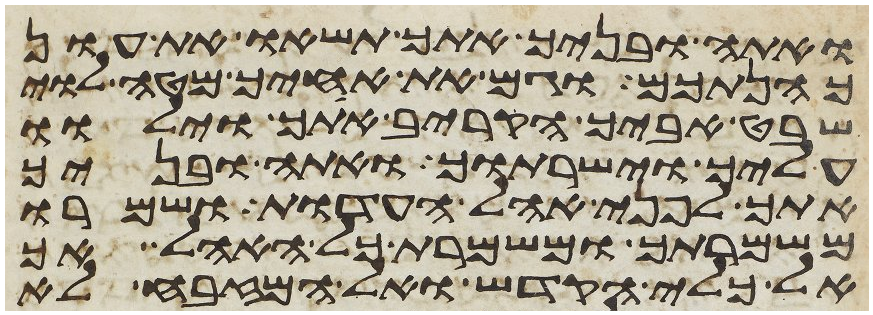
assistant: ואתה ובניך אתך תשאו את עון
כהנתכם וגם את אחיך מטה לוי
שבט אביך הקריב אתך וילוו
עליך וישרתוך ואתה ובניך
אתך לפני אהל העדות ושמרו
משמרתך ומשמרת כל האהל אך
אל כלי הקדש ואל המזבח לא